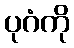
ပုဂံကို